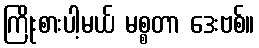
ကြိုးစားပါ့မယ် မစ္စတာ ဒေးဗစ်။